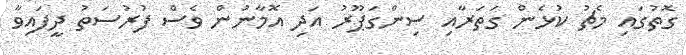
ގޮތުގައި މެޗު ކުޅެން ގަތަރާއި ސިންގަޕޫރު އަދި އޮމާނުން ވެސް ފުރުސަތު ދީފައިވާ